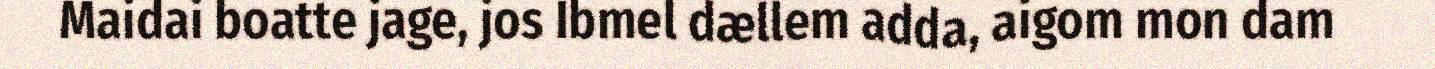
Maidai boatte jage, jos Ibmel dællem adda, aigom mon dam